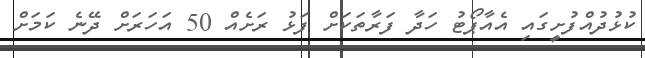
ކުޅުދުއްފުށީގައި އެއާޕޯޓު ހަދާ ފަރާތަކަށް ފަޅު ރަށެއް 50 އަހަރަށް ދޭނެ ކަމަށް